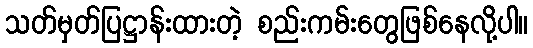
သတ်မှတ်ပြဋ္ဌာန်းထားတဲ့ စည်းကမ်းတွေဖြစ်နေလို့ပါ။